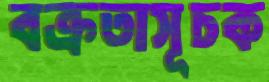
বক্রতাসূচক